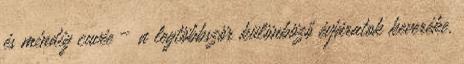
és mindig cuvée – a legtöbbször különböző évjáratok keveréke.